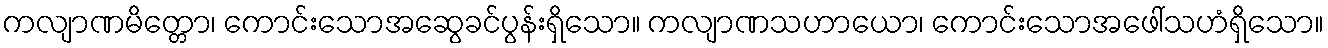
ကလျာဏမိတ္တော၊ ကောင်းသောအဆွေခင်ပွန်းရှိသော။ ကလျာဏသဟာယော၊ ကောင်းသောအဖေါ်သဟံရှိသော။